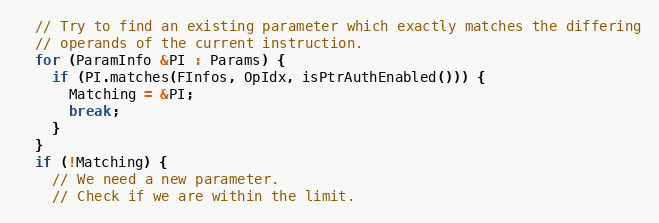
Language: C++
  // Try to find an existing parameter which exactly matches the differing
  // operands of the current instruction.
  for (ParamInfo &PI : Params) {
    if (PI.matches(FInfos, OpIdx, isPtrAuthEnabled())) {
      Matching = &PI;
      break;
    }
  }
  if (!Matching) {
    // We need a new parameter.
    // Check if we are within the limit.